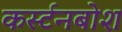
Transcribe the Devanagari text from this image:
कर्स्‍टनबोश